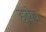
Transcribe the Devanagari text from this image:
हबेर